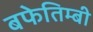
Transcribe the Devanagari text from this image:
बफेतिम्बी